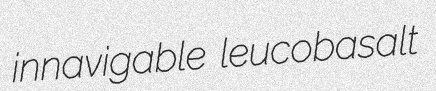
innavigable leucobasalt